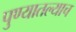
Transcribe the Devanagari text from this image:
पुण्यातल्याच